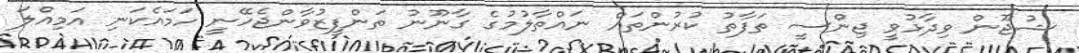
ޝުޖޫން ވިދާޅުވީ ޖިންސީ ތަފާތު ކުރުންތައް ނައްތާލުމުގެ ގާނޫނު ތަންފީޒުވާންޖެހޭނީ ހަމައެކަނި އަމިއްލަ